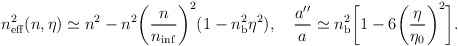
\begin{align*}n_{\rm eff}^2(n,\eta )\simeq n^2-n^2\biggl(\frac{n}{n_{\rm inf}}\biggr)^2(1-n_{\rm b}^2\eta ^2), \quad \frac{a''}{a} \simeq n_{\rm b}^2\biggl[1-6\biggl(\frac{\eta }{\eta _0}\biggr)^2\biggr].\end{align*}